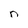
Character: n